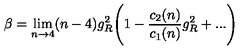
\beta = \lim _ { n \rightarrow 4 } ( n - 4 ) g _ { R } ^ { 2 } \Biggl ( 1 - \frac { c _ { 2 } ( n ) } { c _ { 1 } ( n ) } g _ { R } ^ { 2 } + . . . \Biggr )